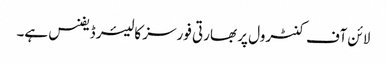
لائن آف کنٹرول پر بھارتی فورسز کا لیئر ڈیفنس ہے۔